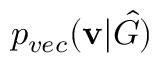
p _ { v e c } ( \mathbf { v } | \hat { G } )